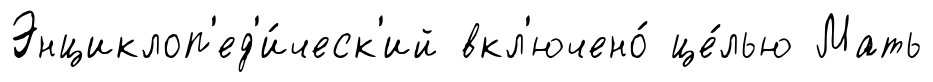
Энциклоп'ед'и́ческ'ий вкл'ючено́ це́лью Мать